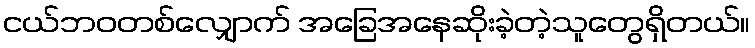
ငယ်ဘဝတစ်လျှောက် အခြေအနေဆိုးခဲ့တဲ့သူတွေရှိတယ်။